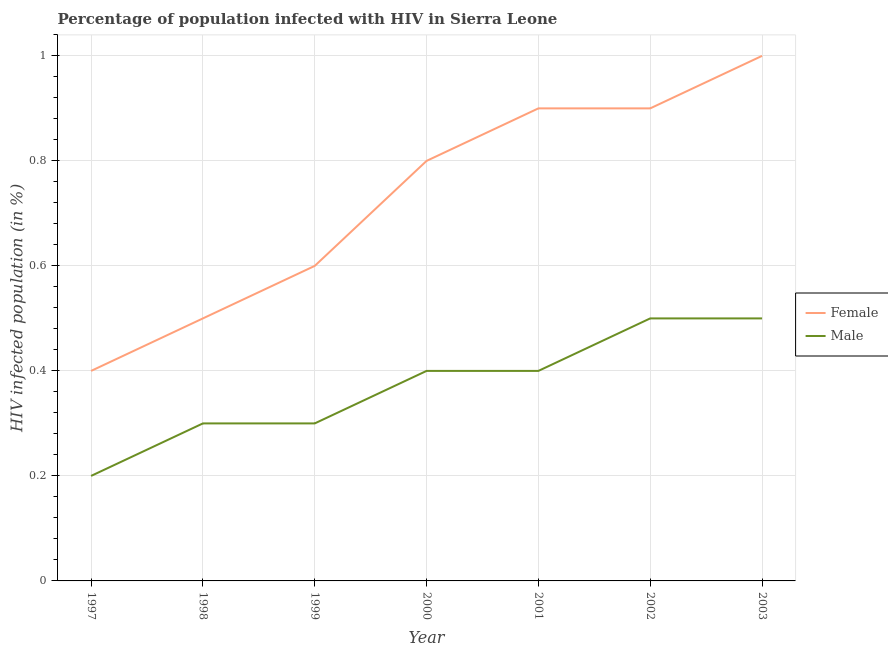
| Year | Female | Male |
 | --- | --- | --- |
 | 1997 | 0.4 | 0.2 |
 | 1998 | 0.5 | 0.3 |
 | 1999 | 0.6 | 0.3 |
 | 2000 | 0.8 | 0.4 |
 | 2001 | 0.9 | 0.4 |
 | 2002 | 0.9 | 0.5 |
 | 2003 | 1 | 0.5 |